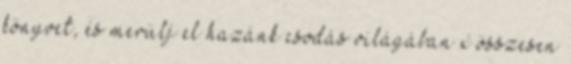
könyvet, és merülj el hazánk csodás világában x összesen